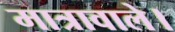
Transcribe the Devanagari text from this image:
मात्रावाले।